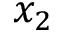
x _ { 2 }